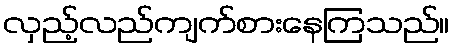
လှည့်လည်ကျက်စားနေကြသည်။